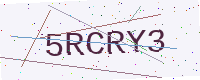
Text: 5RCRY3